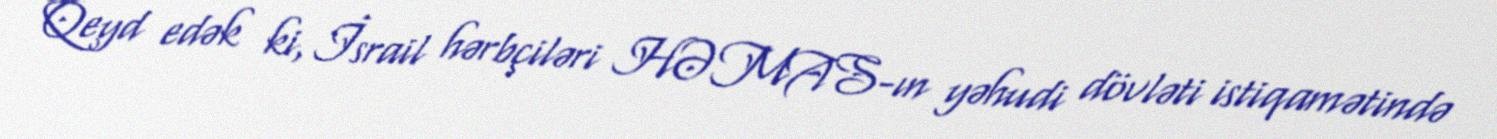
Qeyd edək ki, İsrail hərbçiləri HƏMAS-ın yəhudi dövləti istiqamətində